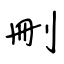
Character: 刪